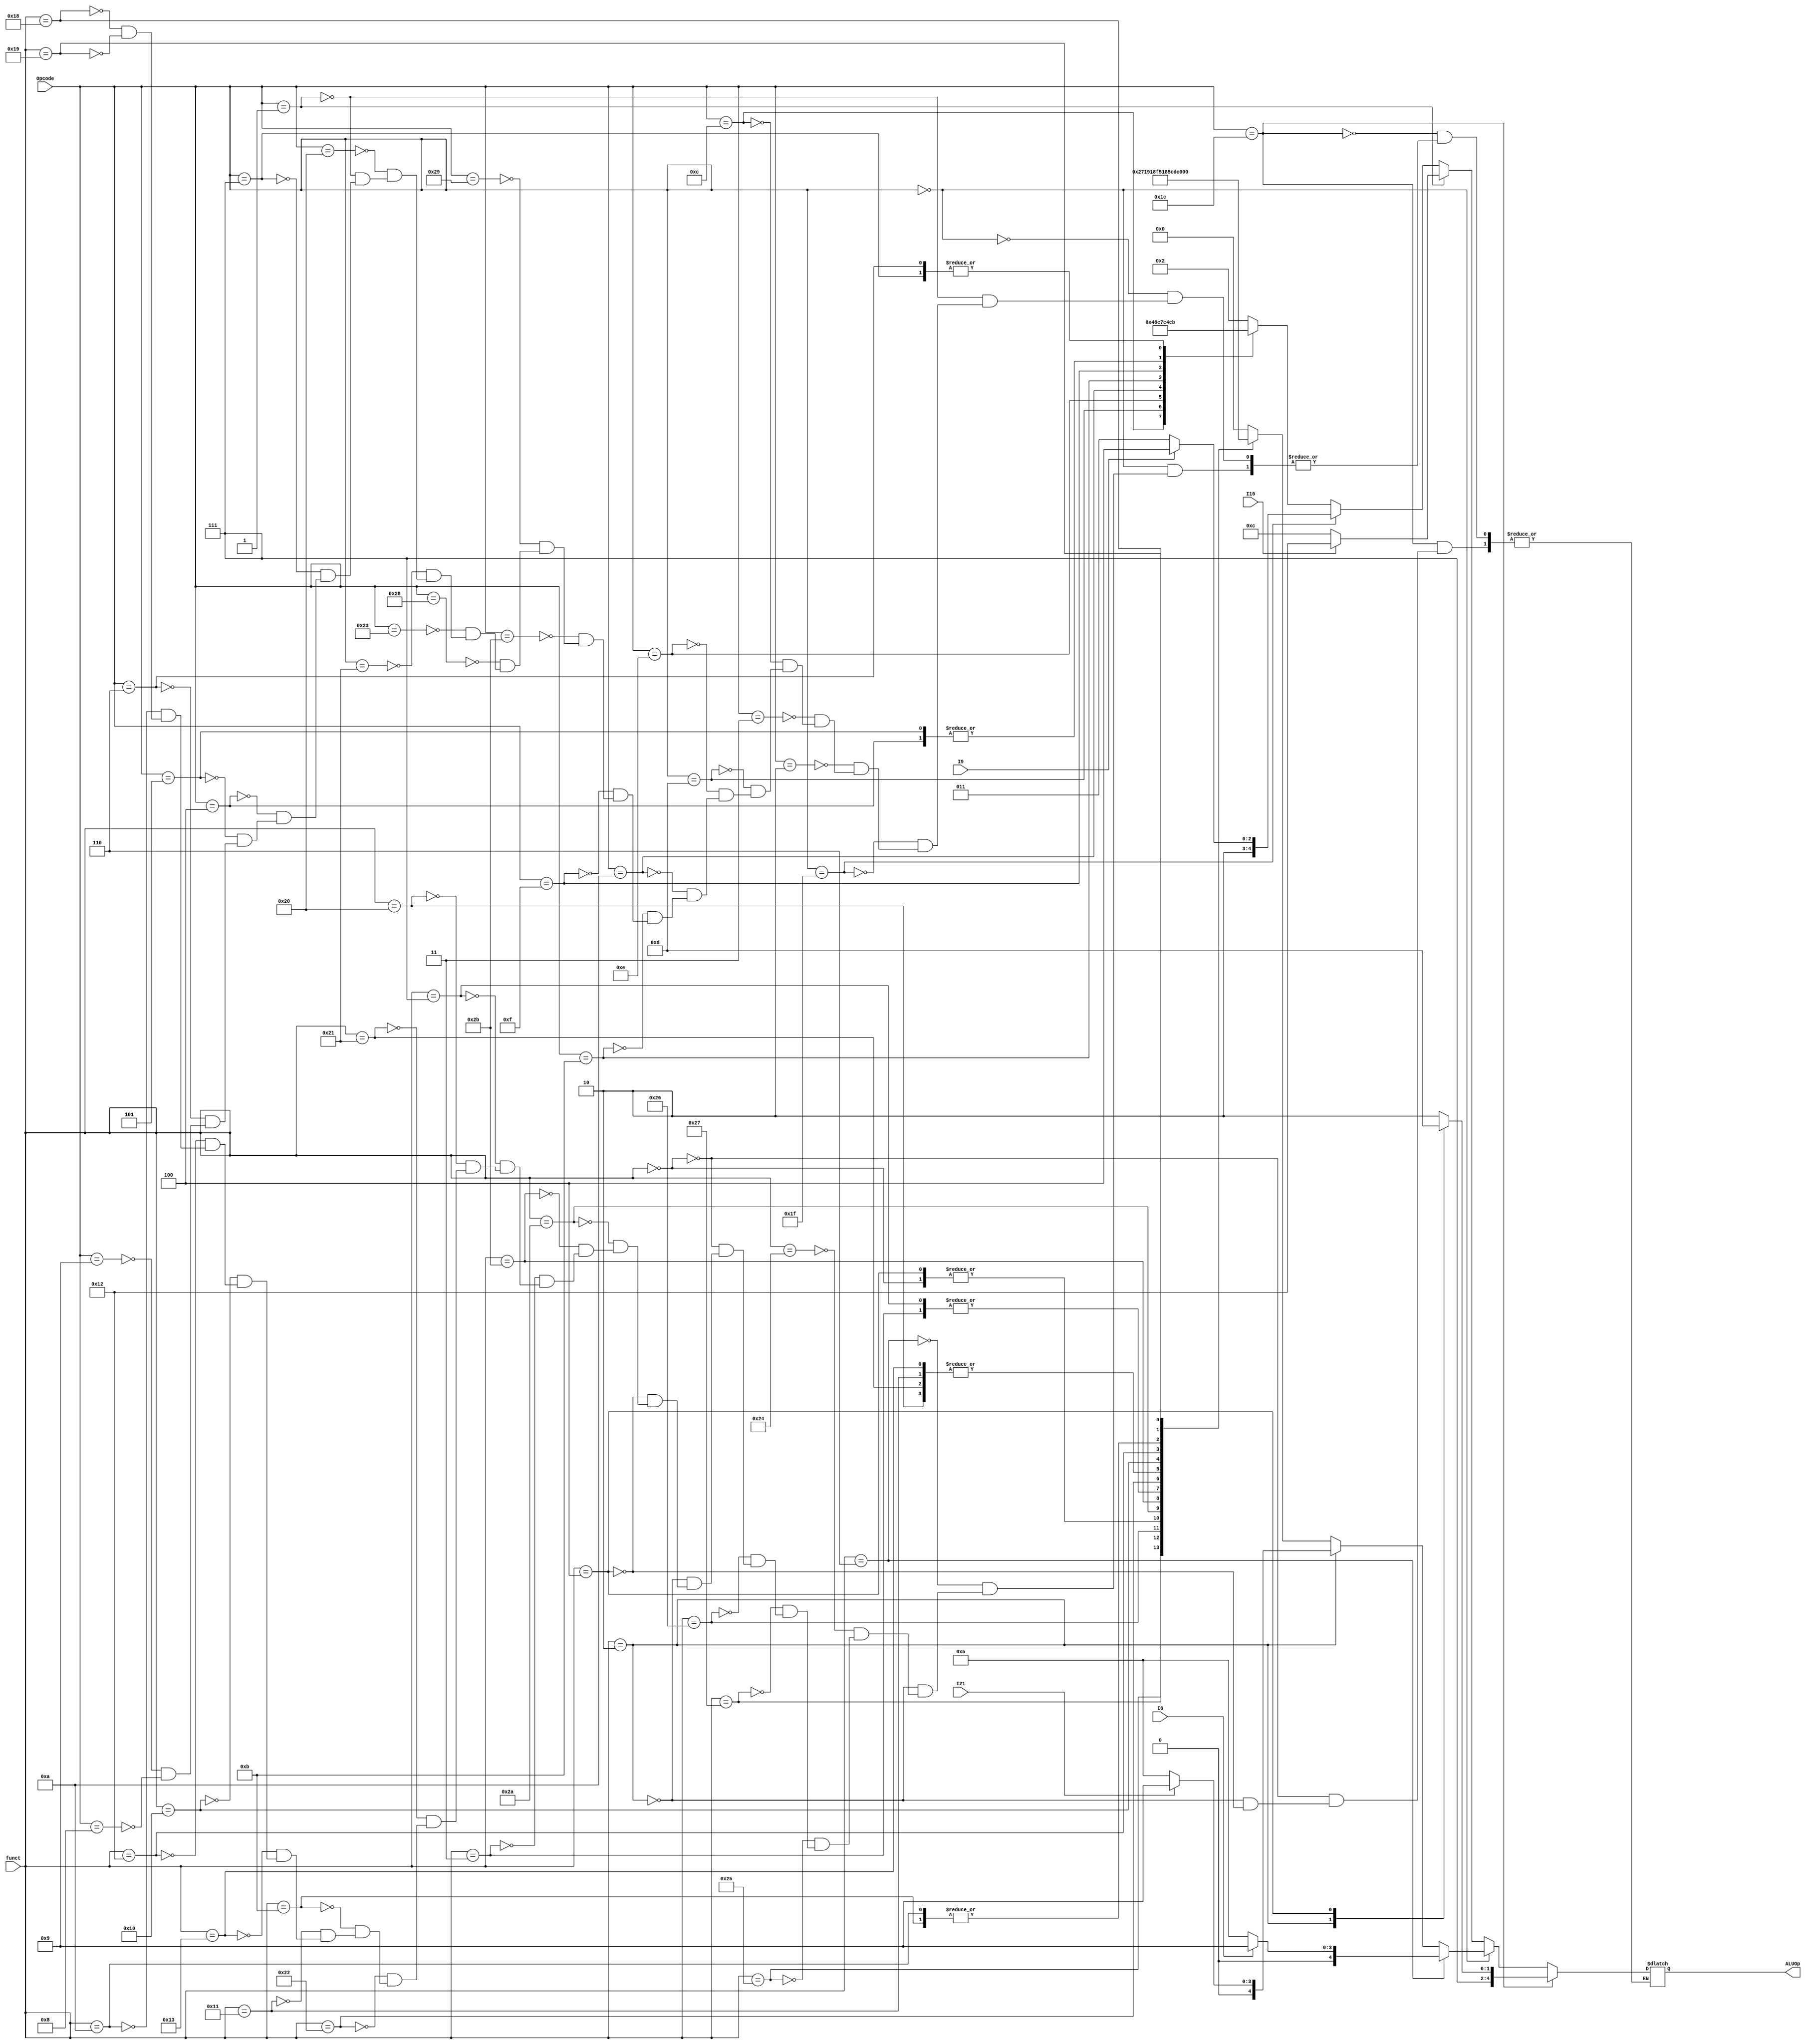
`timescale 1ns / 1ps

module ALUControl(Opcode, funct, I21,I6, I16, ALUOp, I9);
    input [5:0] Opcode;
    input [5:0] funct; 
    input I21, I6, I16, I9;                                     
    output reg [4:0] ALUOp;
    always @(*) begin
    //first check for the special cases
    if (Opcode == 6'd28)begin //MADD and MSUB are r-type, but their opcode isn't zero
        case (funct) 
            5'd0: ALUOp <= 30; //MADD
            5'd2: ALUOp <= 31; //mul
            5'd4: ALUOp <= 29; //MSUB
        endcase
     end
        
     else if (Opcode == 6'b0) begin //it's a rotate or shift
        if (funct == 6'd6) begin
             case (I6)
                1'b0: ALUOp <= 5'd5; //srlv
                1'b1: ALUOp <= 5'd9; //rotrv
             endcase
          end
         else if (funct == 6'd2)begin
            case (I21) 
                1'b0:   ALUOp <= 5'd5; //srl 
                1'b1:   ALUOp <= 5'd9; //rotr
            endcase
         end
             //END SPECIAL CASES where OP <= 0 
             else begin
            case(funct)
                6'd36: ALUOp <= 5'd0;
                6'd37: ALUOp <= 5'd1 ; //or 
                6'd39: ALUOp <= 5'd7 ; //nor 
                6'd38: ALUOp <= 5'd3; //xor 
                6'd0: ALUOp <= 5'd4; //sll 
                6'd2: ALUOp <= 5'd5; //srl 
                6'd4: ALUOp <= 5'd4; //sllv 
                 
                6'd42: ALUOp <= 5'd12 ; //slt 
                6'd43: ALUOp <= 5'd15; //sltu 
                6'd3: ALUOp <= 5'd10 ; //sra 
                6'd7: ALUOp <= 5'd10; //srav 
                6'd32: ALUOp <= 5'd2; //add 
                6'd33: ALUOp <= 5'd2; //addu 
                6'd34: ALUOp <= 5'd6; //sub 
                6'd11: ALUOp <= 5'd16 ; //movn 
                6'd17: ALUOp <= 5'd2; //mthi 
                6'd19: ALUOp <= 5'd2; //mtlo 
                6'd16: ALUOp <= 5'd28 ; //mfhi 
                6'd18: ALUOp <= 5'd27; //mflo 
                6'd10: ALUOp <= 5'd16 ; //movz 
                6'd24: ALUOp <= 5'd31; //multu 
                6'd25: ALUOp <= 5'd26; //multu 
                //6'd8: ALUOp <= 5'dX; //jr  
            endcase
        end //END  CASES WHERE OP <=<= 0 
     end  //END ALL R-TYPE CASES
         
     //BEGIN ALL I-TYPE CASES
     //check special cases first: BGEZ, BLTZ
     else if (Opcode == 6'd1) begin //it's either BGEZ or BLTZ
        case(I16)
            1'b0:  ALUOp <= 5'd12; //BLTZ
            1'b1:  ALUOp <= 5'd18; //BGEZ
        endcase
     end // end special case
     
     //SEB and SEH
     else if (Opcode == 6'b011111) begin
        case(I9)
        1'b0:  ALUOp <= 5'd19; //BLTZ
        1'b1:  ALUOp <= 5'd20; //BGEZ
        default: ALUOp <= 0;
        
        endcase
     end
     
     //BEGIN STANDARD ITYPE CASES 
     else begin
         case (Opcode) 
             //FIXME:seh, seb
             //6'd31:  ALUOp <= ???
             //6'd31:  ALUOp <= ???
             
            //J-TYPE INSTRUCTIONS
             6'd2: ALUOp <= 5'd2; // add corresponds to jump
             6'd3: ALUOp <= 5'd2; // add corresponds to jal
            
            // I-TYPE INSTRUCTIONS
            6'd12: ALUOp <= 5'd0 ; //andi 
            6'd13: ALUOp <= 5'd1 ; //ori 
            6'd14: ALUOp <= 5'd3 ; //xori 
            6'd10: ALUOp <= 5'd12 ; //slti 
            6'd11: ALUOp <= 5'd15 ; //sltiu 
            6'd15: ALUOp <= 5'd17 ; //lui 
            6'd43: ALUOp <= 5'd2 ; //sw 
            6'd41: ALUOp <= 5'd2 ; //sh 
            6'd40: ALUOp <= 5'd2 ; //sb 
            6'd35: ALUOp <= 5'd2 ; //lw 
            6'd33: ALUOp <= 5'd2 ; //lh 
            6'd32: ALUOp <= 5'd2 ; //lb 
            6'd1: ALUOp <= 5'd18 ; //bgez 
            6'd7: ALUOp <= 5'd11 ; //bgtz 
            6'd4: ALUOp <= 5'd6 ; //beq 
            6'd5: ALUOp <= 5'd6 ; //bne 
            6'd6: ALUOp <= 5'd11 ; //blez 
            6'd1: ALUOp <= 5'd12 ; //bltz 
            6'd9: ALUOp <= 5'd2 ; //addiu 
            6'd8: ALUOp <= 5'd2 ; //addi 
         endcase
    end  //END ALL J-TYPE AND I-TYPE INSTRUCTIONS
end //always
endmodule